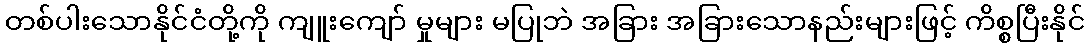
တစ်ပါးသောနိုင်ငံတို့ကို ကျူးကျော် မှုများ မပြုဘဲ အခြား အခြားသောနည်းများဖြင့် ကိစ္စပြီးနိုင်